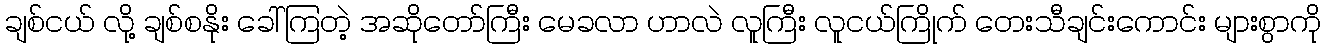
ချစ်ငယ် လို့ ချစ်စနိုး ခေါ်ကြတဲ့ အဆိုတော်ကြီး မေခလာ ဟာလဲ လူကြီး လူငယ်ကြိုက် တေးသီချင်းကောင်း များစွာကို